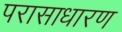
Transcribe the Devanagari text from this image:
परासाधारण